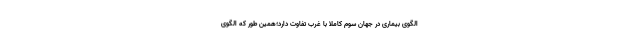
الگوی بیماری در جهان سوم کاملا با غرب تفاوت دارد؛همین طور که الگوی